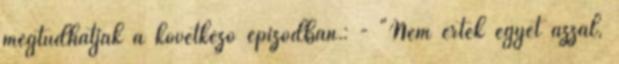
megtudhatják a következő epizódban.: - "Nem értek egyet azzal,